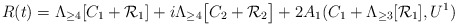
\begin{align*}R(t) = \Lambda_{\geq 4}[C_1 + \mathcal{R}_1] + i \Lambda_{\geq 4}\big[C_2 + \mathcal{R}_2\big] + 2 A_1(C_1+\Lambda_{\geq 3}[\mathcal{R}_1], U^1) \end{align*}